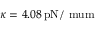
\kappa = 4 . 0 8 \, \mathrm { { p N / \ m u m } }